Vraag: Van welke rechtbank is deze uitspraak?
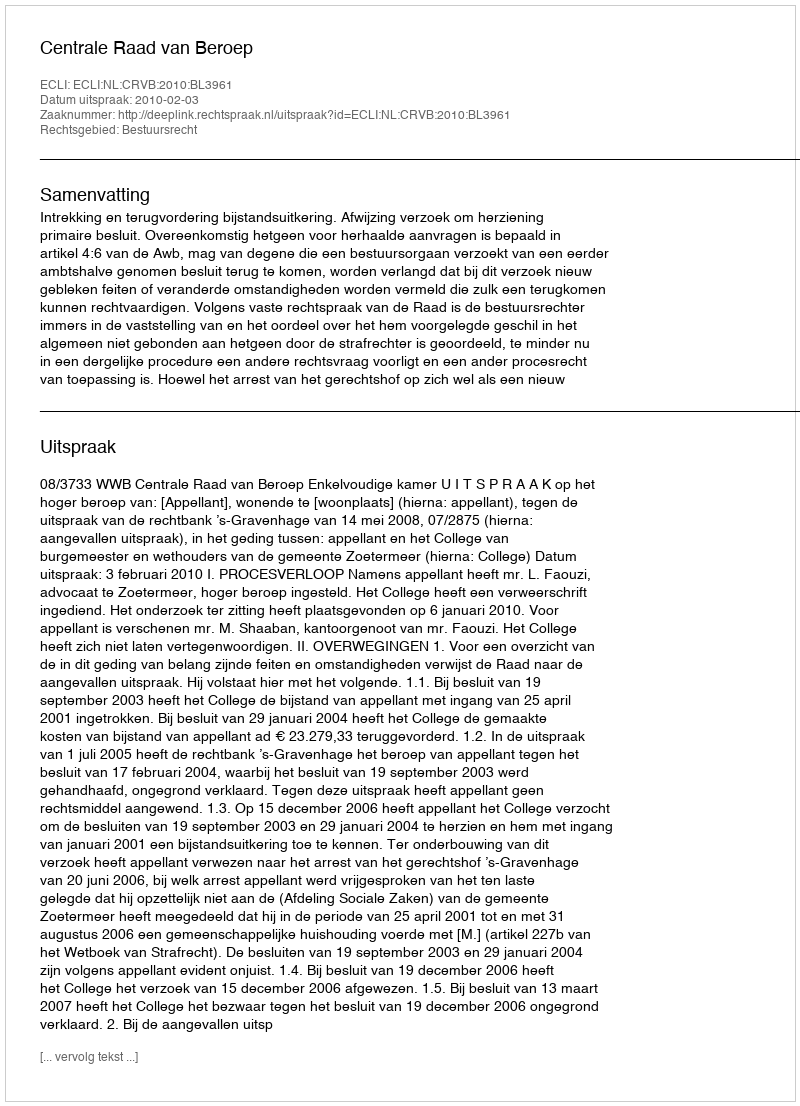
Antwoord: Centrale Raad van Beroep